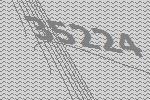
35224